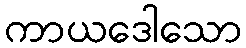
ကာယဒေါသော